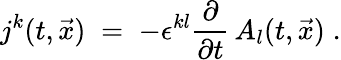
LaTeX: j^{k}(t,{\vec{x}})\; =\; -\epsilon^{kl}\frac{\partial}{\partial t}\, A_{l}(t,{\vec{x}})\; .